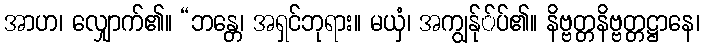
အာဟ၊ လျှောက်၏။ “ဘန္တေ၊ အရှင်ဘုရား။ မယှံ၊ အကျွန်ု်ပ်၏။ နိဗ္ဗတ္တနိဗ္ဗတ္တဋ္ဌာနေ၊